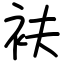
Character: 衭